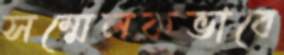
সম্মেলকভাবে